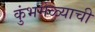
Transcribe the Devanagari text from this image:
कुंभमेळ्याची